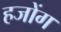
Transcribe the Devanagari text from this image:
हजोंग